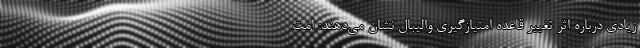
زیادی درباره اثر تغییر قاعده امتیازگیری والیبال نشان می‌دهند: امت